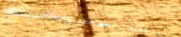
Under New Mgmt